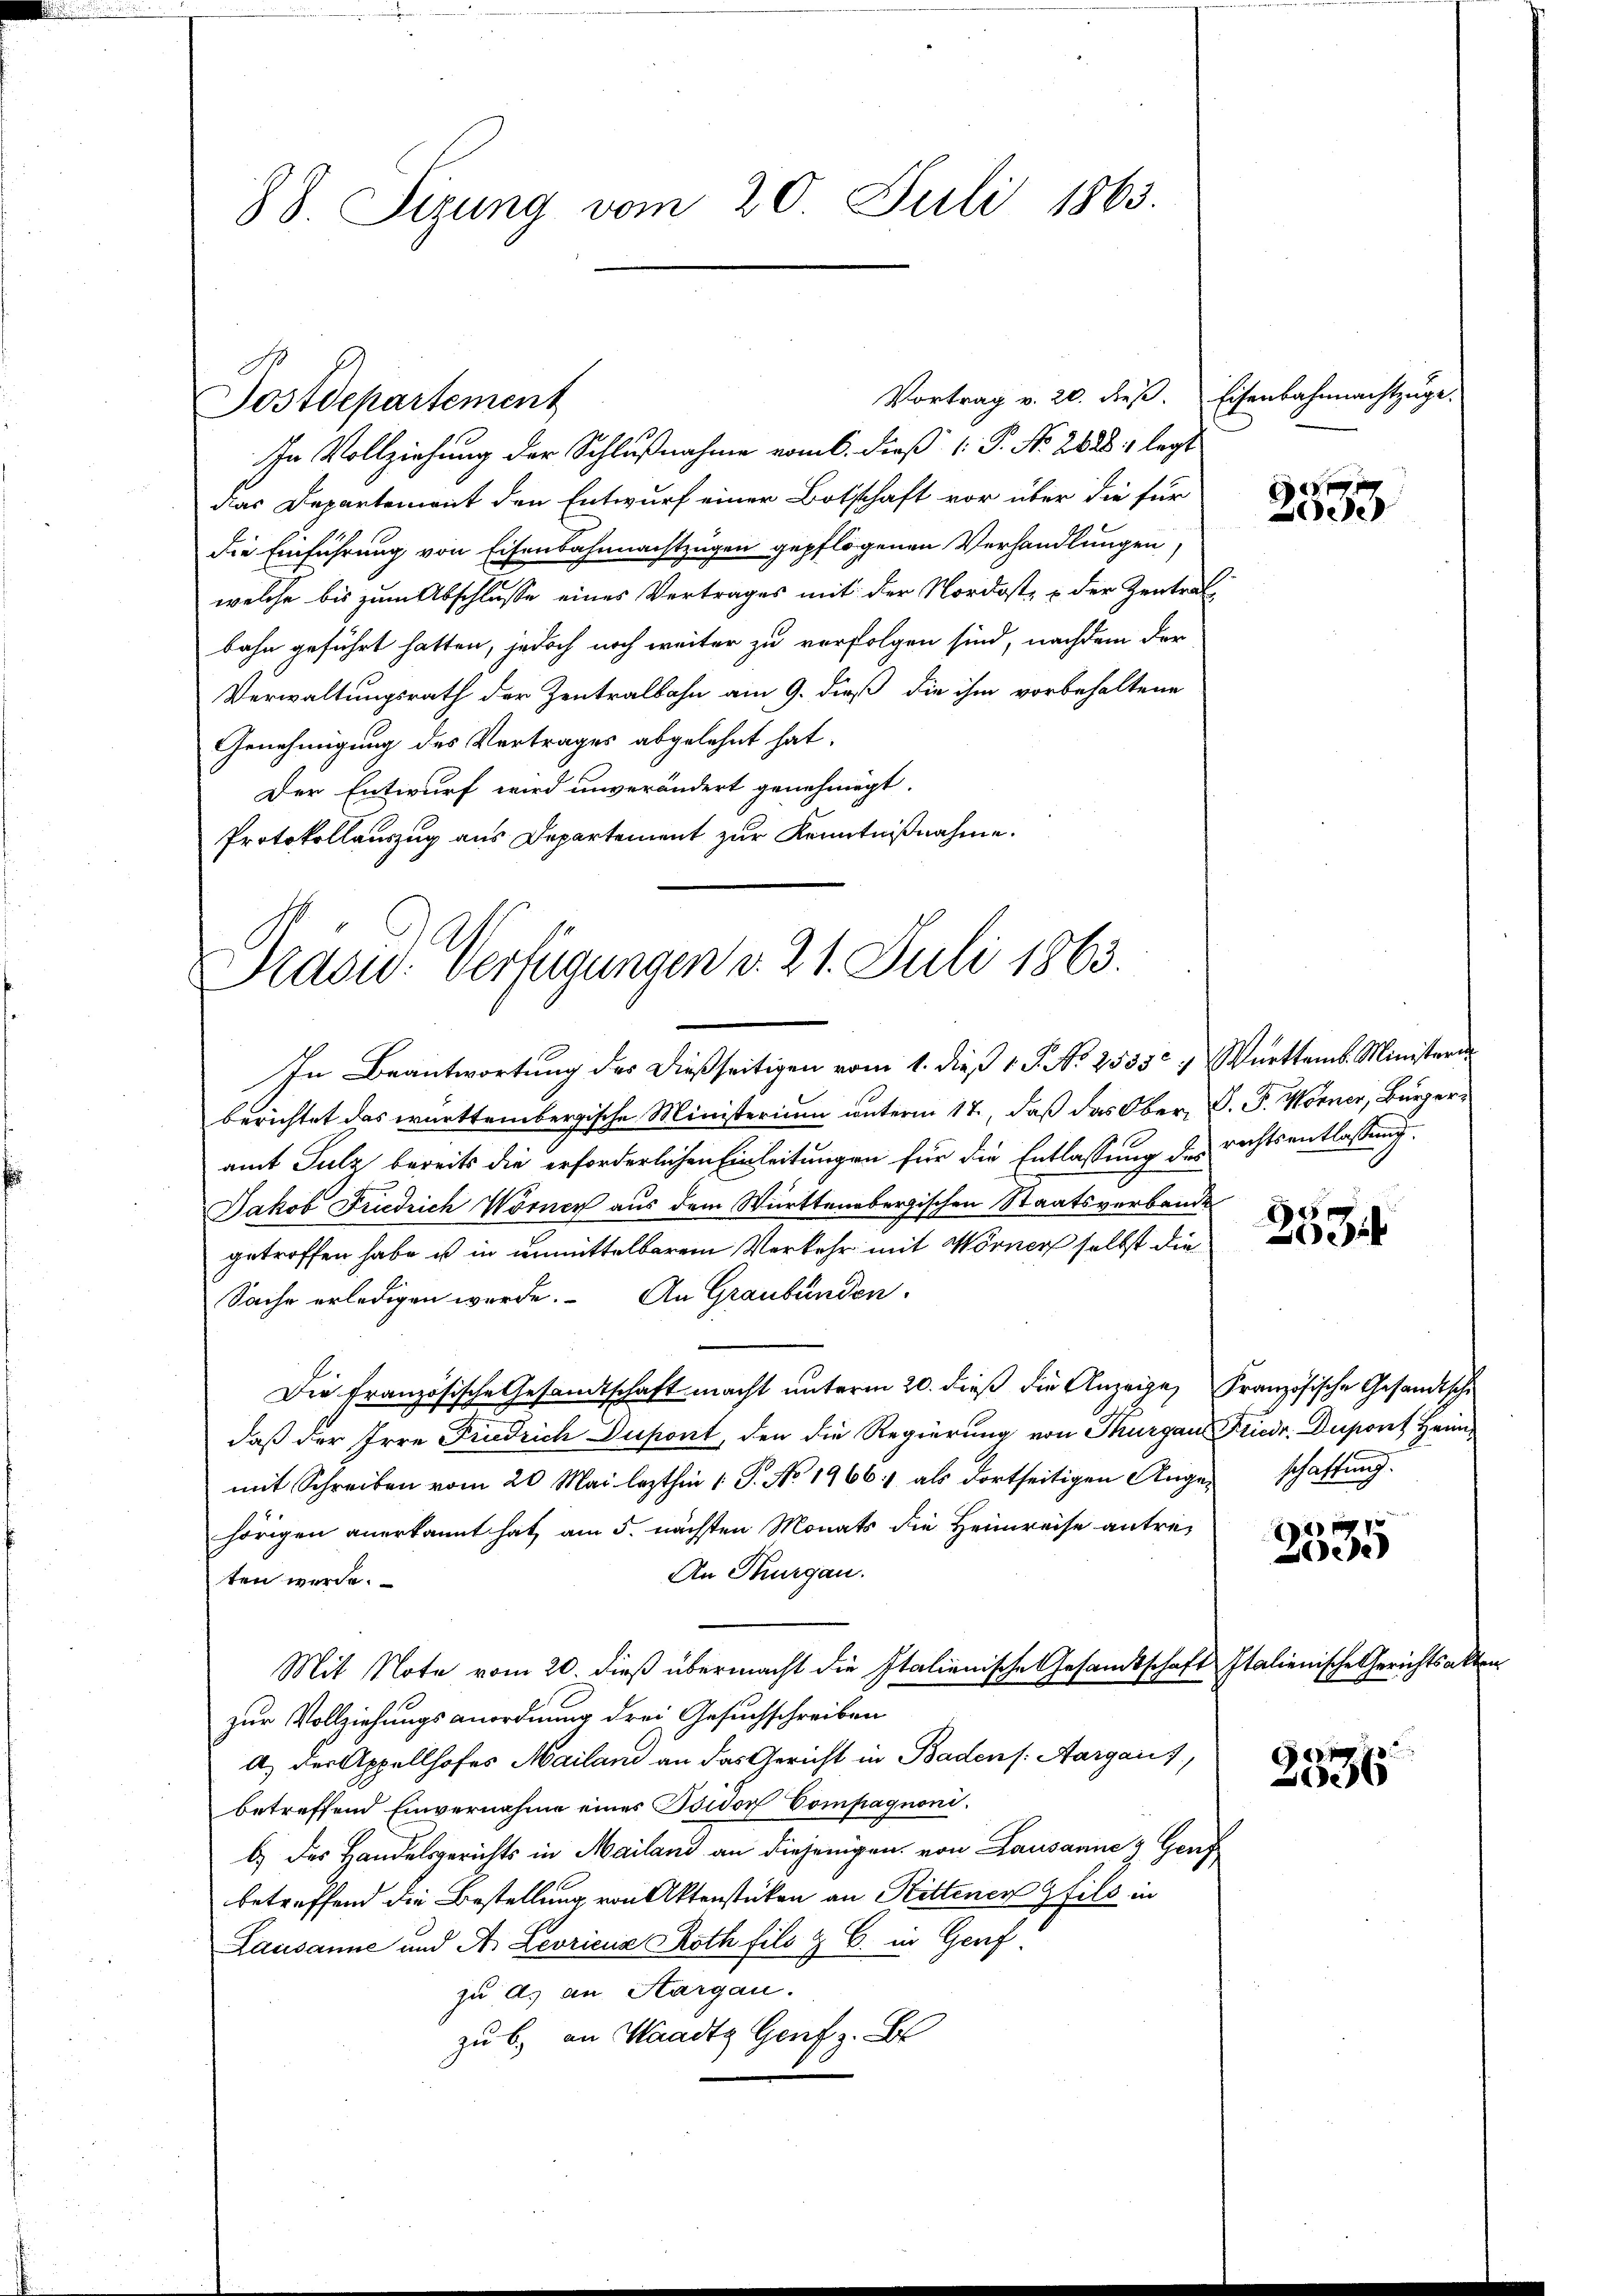
88. Sizung vom 20. Juli 1863.

In Vollziehung der Schlußnahme vom 6. dieß 1: P. No. 2828, legt
das Departement den Entwurf einer Botschaft vor über die für
die Einführung von Eisenbahnmachtzugen gepflogenen Verhandlungen,
welche bis zum Abschlusse eines Vertrages mit der Nordost- & der Zentrat
bahn geführt hatten, jedoch noch weiter zu verfolgen sind, nachdem der
Verwaltungsrath der Zentralbahn am 9. dieß die ihm vorbehaltene
Genehmigung des Vertrages abgelehnt hat.
Der Entwurf wird unverändert genehmigt.
Protokollauszug aus Departement zur Kenntnißnahme.

Sostdepartement

Prasid. Verfügungen v. 21. Juli 1863.
In Beantwortung des dießseitigen vom 1. dieß 1 S. No 2535 & Württemb. Ministeri

berichtet das württembergische Ministerium unterm 17., daß das Ober, D. P. Wörner, Bürgeramt Sulz bereits die erforderlichen Einleitungen für die Entlassung des rechtsentlassung.
schen Staatsverbande
Jakob Friedrich Wörner aus dem Württember
getroffen habe u in unmittelbarem Verkehr mit Wörner selbst die¬
Sache erledigen werde. An Graubünden.
Die französische Gesandtschaft macht unterm 20. dieß die Anzeige, Französische Gesandtsche
daß der Irre Friedrich Dupont, den die Regierung von Thurgau
mit Schreiben vom 20. Mai lezthin 1 S. No 1966 als dortseitigen Augenschaftung.
hörigen anerkannt hat, am 5. nächsten Monats die Heimreise antre¬
An Thurgau.
ten werde.
Mit Note vom 20. dieß übermacht die Italienische Gesandtschaft Italienische Gerichtsakten
zur Vollziehungsanordnung drei Gesuchschreiben
a) der Appellhofes Mailand an das Gericht in Badens Aargaris,
betreffend Einvernahme eines Isidorf Compagnonib.) des Handelsgerichts in Mailand an diejenigen von Lausanne & Genf
betreffend die Bestellung von Aktenstücken an Rittener fils in
Lausanne und A. Leorienz Roth fils & B. in Genf.
zu a. an Hargau.
zu b. an Waadt Genf z. B

Vortrag v. 20. dieß. Eisenbahnmachtzuge

25

850
0

Friedr. Duport Heim

2
ede

3336